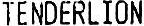
TENDERLION